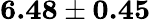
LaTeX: \textbf{6.48}\pm\textbf{0.45}